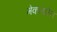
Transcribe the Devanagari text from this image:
मेकलारेन